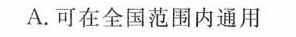
A.可在全国范围内通用